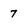
Character: 7